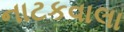
નાટકવાલા